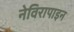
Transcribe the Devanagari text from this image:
नेविरापाइन